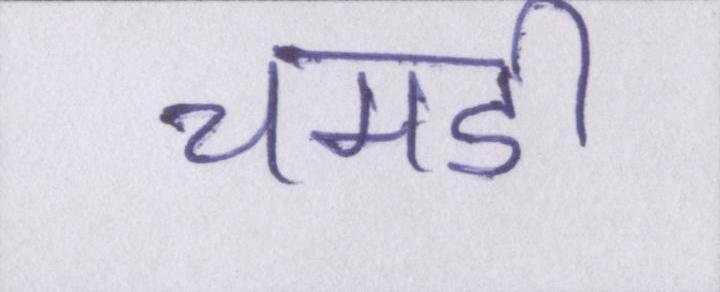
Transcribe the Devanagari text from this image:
चमडी